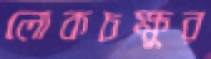
লোকচক্ষুর